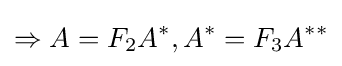
\Rightarrow A=F_{2}A^{*},A^{*}=F_{3}A^{**}